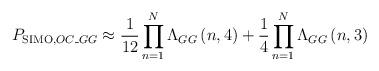
LaTeX: \begin{align*}{{P}_{\operatorname{SIMO},OC\_GG}}\approx \frac{1}{12}\prod\limits_{n=1}^{N}{{{\Lambda }_{GG}}\left( n,4 \right)}+\frac{1}{4}\prod\limits_{n=1}^{N}{{{\Lambda }_{GG}}\left( n,3 \right)}\end{align*}